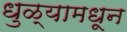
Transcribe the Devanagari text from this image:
धुळ्यामधून